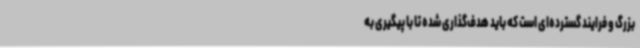
بزرگ و فرایند گسترده‌ای است که باید هدف‌گذاری شده تا با پیگیری به